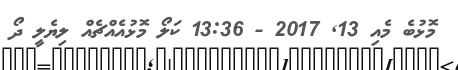
މޮޅުބެ މެއި 13